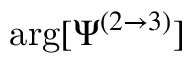
\arg [ \Psi ^ { ( 2 \rightarrow 3 ) } ]